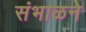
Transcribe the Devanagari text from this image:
संभाळने